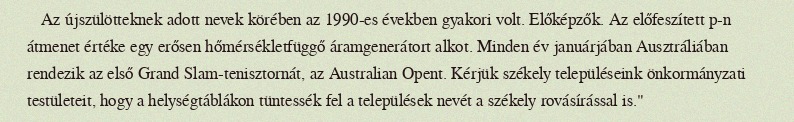
Az újszülötteknek adott nevek körében az 1990-es években gyakori volt. Előképzők. Az előfeszített p-n átmenet értéke egy erősen hőmérsékletfüggő áramgenerátort alkot. Minden év januárjában Ausztráliában rendezik az első Grand Slam-tenisztornát, az Australian Opent. Kérjük székely településeink önkormányzati testületeit, hogy a helységtáblákon tüntessék fel a települések nevét a székely rovásírással is."